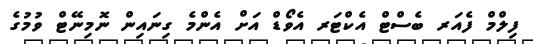
ފިލްމް ފެއަރ ބެސްޓް އެކްޓަރ އެވޯޑް އަށް އެންމެ ގިނައިން ނޮމިނޭޓް ވުމުގެ